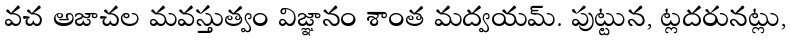
వచ అజాచల మవస్తుత్వం విజ్ఞానం శాంత మద్వయమ్. పుట్టున, ట్లదరునట్లు,